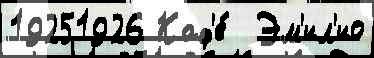
19251926 Каф'е́  Эм'ил'ио